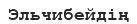
Эльчибейдің